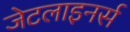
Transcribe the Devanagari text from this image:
जेटलाइनर्स